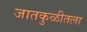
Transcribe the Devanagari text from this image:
जातकुळीतला